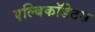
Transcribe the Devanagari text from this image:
एल्बिकॉडेटस